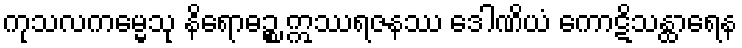
ကုသလကမ္မေသု နိရောဓဉ္စ ဣဿရဇနဿ ဒေါဏိယံ ကောဋိသန္ထာရေန